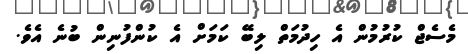
މެސެޖް ކުރުމުން އެ ހިދުމަތް ލިބޭ ކަމަށް އެ ކުންފުނިން ބުނެ އެވެ.